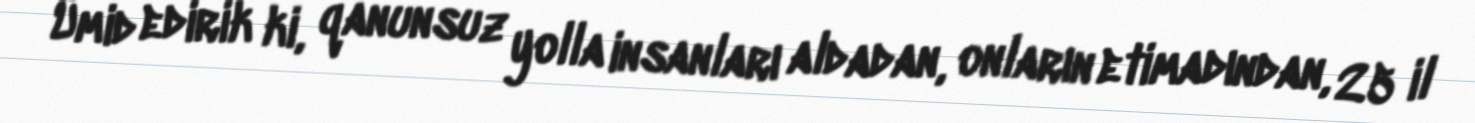
Ümid edirik ki, qanunsuz yolla insanları aldadan, onların etimadından, 25 il